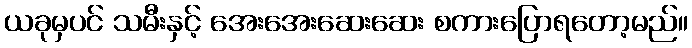
ယခုမှပင် သမီးနှင့် အေးအေးဆေးဆေး စကားပြောရတော့မည်။